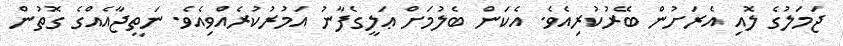
ޖަމަލުގެ ލޮއި އެރަށުން ބޭރުކުރިއެވެ. އެކަން ބެލުމަށް ޢަލީގެފާނު އަމުރުކުރެއްވިއެވެ. ނަތީޖާއެއްގެ ގޮތުން